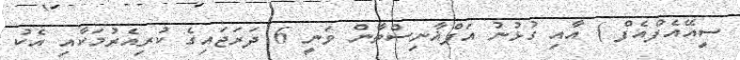
ސީއޭއެފްއެފް ) އާއި ގުޅުނު އަފްޣާނިސްތާން ވަނީ 6 ދަރަޖައިގެ ކުރިއެރުމަކާއި އެކު